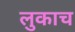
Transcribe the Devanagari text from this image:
लुकाच